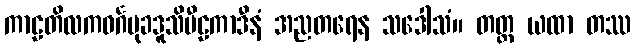
ကာဠတိလကဝင်္ဂမုခဒူသိပီဠကာဒီနံ အညတရေန သဒေါသံ။ တတ္ထ ယထာ တဿ